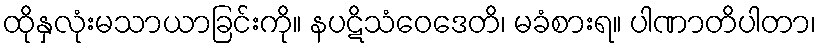
ထိုနှလုံးမသာယာခြင်းကို။ နပဋိသံဝေဒေတိ၊ မခံစားရ။ ပါဏာတိပါတာ၊